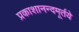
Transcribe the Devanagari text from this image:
प्रकाशानन्दमूर्तये